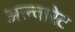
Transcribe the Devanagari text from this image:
अल्वारेट